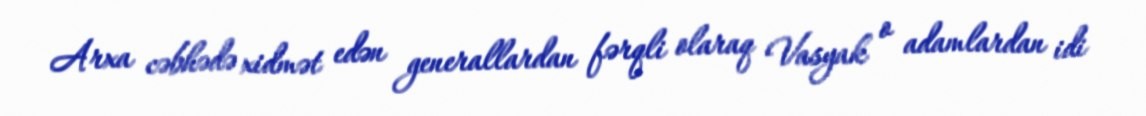
Arxa cəbhədə xidmət edən generallardan fərqli olaraq Vasyak o adamlardan idi